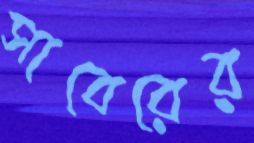
সাবেরের